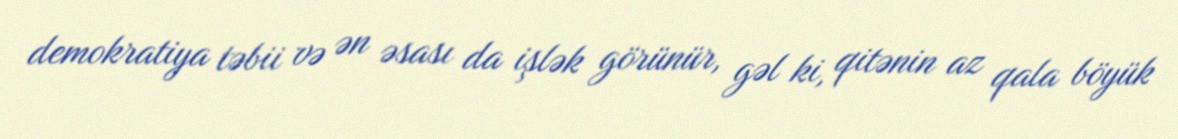
demokratiya təbii və ən əsası da işlək görünür, gəl ki, qitənin az qala böyük